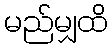
မည်မျှထိ